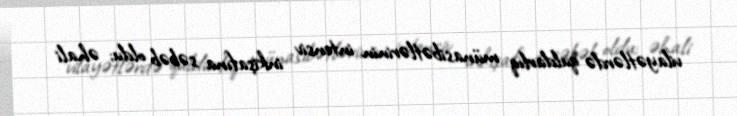
vilayətlərdə quldarlıq münasibətlərinin intensiv inkişafına səbəb oldu; əhali